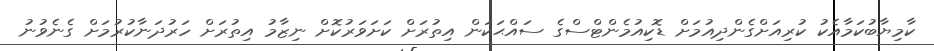
ކާމިޔާބުކަމާއެކު ކުރިއަށްގެންދިއުމަށް ޑޮކިއުމެންޓްސްގެ ސައްޙަކަން އިތުރަށް ކަށަވަރުކޮށް ނިޒާމު އިތުރަށް ހަރުދަނާކުރުމަށް ގެނެވުނު